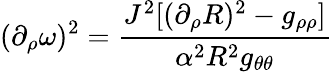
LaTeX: (\partial_{\rho}\omega)^{2}=\frac{J^{2}[(\partial_{\rho}R)^{2}-g_{\rho\rho}]}{\alpha^{2}R^{2}g_{\theta\theta}}